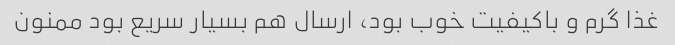
غذا گرم و باکیفیت خوب بود، ارسال هم بسیار سریع بود ممنون